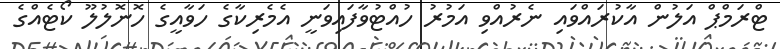
ޓްރަމްޕް އަލުން އާކުރައްވައި ނެރުއްވި އަމުރު ހުއްޓުވާފައިވަނީ އެމެރިކާގެ ހަވާއީގެ ހޮނޮލުލޫ ކޯޓެއްގެ